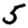
Digit: 5